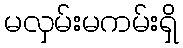
မလှမ်းမကမ်းရှိ